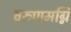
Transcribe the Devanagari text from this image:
वरुणमग्नि